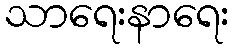
သာရေးနာရေး